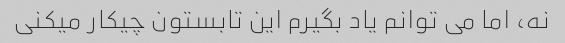
نه، اما می توانم یاد بگیرم این تابستون چیکار میکنی